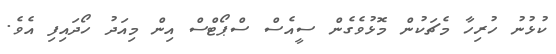
ކުޅުނު ހުރިހާ މެޗަކުން މޮޅުވެގެން ސީއެސް ސްޕޯޓްސް އިން މިއަދު ހޯދައިފި އެވެ.